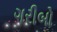
ગરીબો